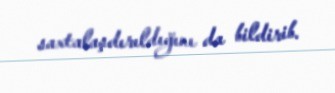
saxtalaşdırıldığını da bildirib.